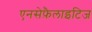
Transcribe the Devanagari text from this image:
एनसेफ़ैलाइटिज